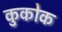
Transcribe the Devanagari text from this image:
कुकोक